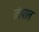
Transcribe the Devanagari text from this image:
तंत्रपाल